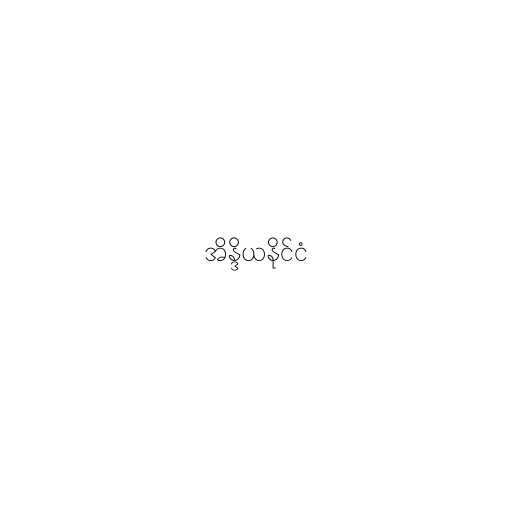
အိန္ဒိယနိုင်ငံ